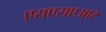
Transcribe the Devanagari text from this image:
एसएसएआर